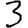
Digit: 3